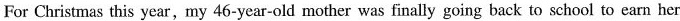
For Christmas this year,my 46-year-old mother was finally going back to school to earn her